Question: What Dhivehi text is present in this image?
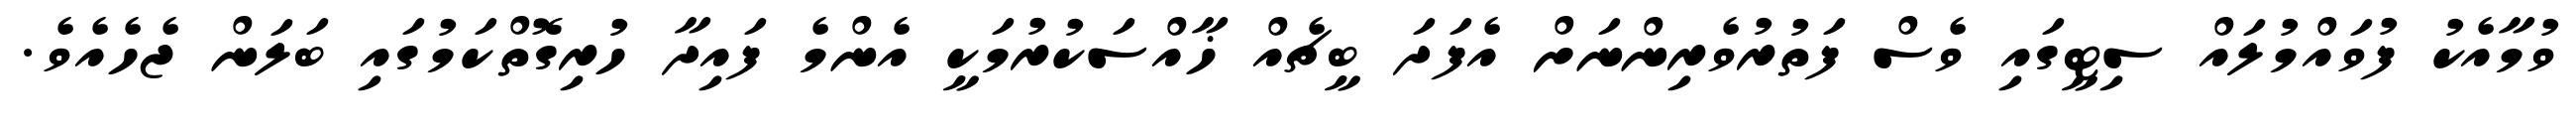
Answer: ވުމާއެކު ފުވައްމުލައް ސިޓީގައި ވެސް ފަތުރުވެރިންނަށް އެފަދަ ބީޗެއް ޚާއްސަކުރުމަކީ އެންމެ ފައިދާ ހުރިގޮތްކަމުގައި ބަލަން ޖެހެއެވެ.